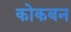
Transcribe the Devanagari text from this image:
कोकबन